Annual administration report of the Civil Veterinary Department of India - 1894-1895
Year: 1894
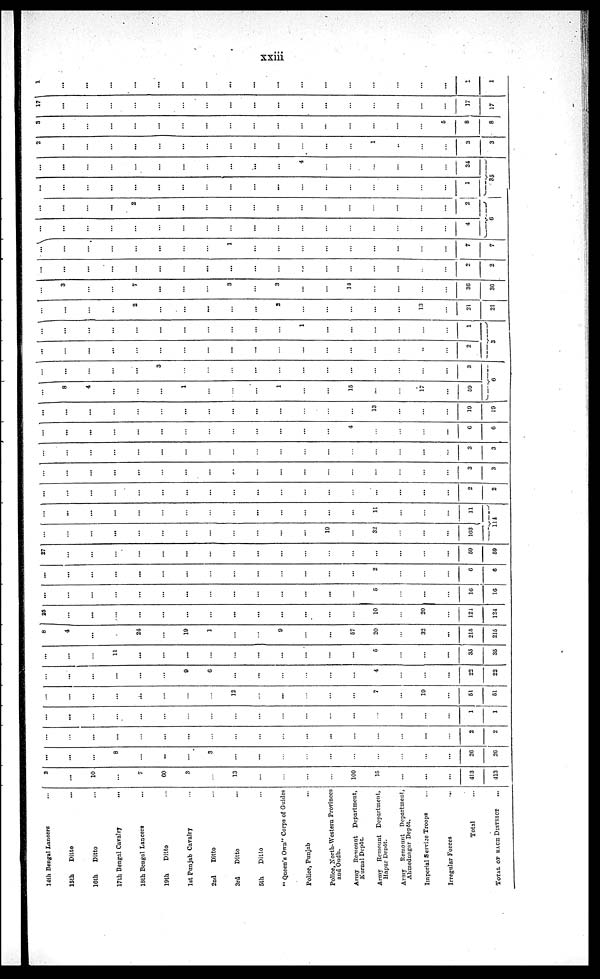
xxiii
14th Bengal Lancers …
15th
Ditto …
16th
Ditto …
17th Bengal Cavalry …
18th Bengal Lancers …
19th
Ditto …
1st Punjab Cavalry …
2nd
Ditto …
3rd
Ditto …
5th
Ditto …
" Queen's Own" Corps of Guides
Police, Punjab …
Police, North-Western Provinces
and Oudh.
Army Remount Department,
Kurnal Depot.
Army Remount Department,
Hapur Depót.
Army Remount Department,
Ahmednagar Depôt.
Imperial Service Troops …
Irregular Forces …
Total …
TOTAL OF EACH DISTRICT …
2
...
10
…
7
60
3
…
13
…
…
…
…
100
15
...
…
…
413
413
…
...
…
8
…
…
…
3
…
…
…
…
…
…
…
…
…
…
26
26
…
…
…
...
…
…
…
…
…
…
…
…
...
…
…
…
…
…
2
2
…
…
…
…
…
…
…
…
…
…
…
…
…
…
…
…
…
…
1
1
…
…
…
…
...
…
…
…
12
…
...
…
…
...
7
…
19
…
51
51
…
…
…
…
…
…
9
6
…
…
…
…
…
…
4
…
…
…
22
22
...
…
…
11
...
…
…
…
…
...
…
…
…
...
6
…
…
…
35
35
8
4
...
…
24
...
19
1
...
…
9
...
...
57
20
...
32
...
215
215
25
…
...
…
…
...
…
…
...
...
…
…
…
…
10
…
20
…
121
124
...
…
…
…
…
…
...
…
…
…
…
…
…
…
5
…
…
…
16
16
...
...
…
…
…
…
...
…
…
…
…
…
…
…
2
…
…
…
6
6
27
…
…
…
…
…
…
…
…
…
…
…
…
…
...
…
…
…
59
59
…
…
…
...
…
…
…
…
…
…
…
…
19
…
32
…
…
…
103
...
...
…
...
…
…
…
…
…
…
…
…
…
…
11
…
…
…
11
114
...
…
…
…
…
…
…
…
…
...
…
…
…
…
…
…
…
…
2
2
…
…
…
…
…
…
…
…
…
…
…
…
…
…
…
…
…
…
3
3
...
…
…
…
…
…
…
…
…
…
…
…
…
…
…
…
…
…
3
3
...
…
...
…
…
…
…
…
…
…
…
…
…
4
…
…
…
…
6
6
...
…
...
…
…
…
…
…
…
…
…
…
…
…
13
…
…
…
19
19
...
8
4
…
…
…
1
…
…
…
1
…
…
15
…
…
17
…
59
…
…
…
…
…
3
…
…
…
…
…
…
…
…
…
…
…
…
3
6
...
…
…
…
…
…
…
…
...
...
…
…
…
…
…
…
..
…
2
...
...
...
…
…
…
…
…
…
…
…
1
…
…
…
…
…
…
1
3
...
…
…
…
2
…
…
...
…
…
2
…
…
…
…
…
13
…
21
21
...
3
…
…
7
…
…
…
3
…
3
…
…
14
…
…
…
…
36
36
…
...
...
...
…
...
…
…
…
...
…
…
…
…
…
…
…
…
2
2
...
…
…
…
…
…
…
…
1
…
…
…
…
…
…
…
…
…
7
7
...
…
…
…
…
…
…
…
…
…
…
…
…
…
…
…
…
…
4
...
...
...
...
2
...
...
...
...
...
...
...
...
...
…
...
...
...
2
6
...
...
…
...
…
…
…
…
…
…
...
…
…
…
…
…
…
…
1
...
...
…
…
…
…
…
…
…
...
…
4
…
…
…
…
...
…
34
35
2
...
…
…
…
…
…
…
…
…
…
…
…
…
1
…
…
…
3
3
3
...
…
…
...
...
…
...
…
…
…
…
…
…
…
…
…
5
8
8
17
...
…
…
…
…
…
…
…
…
…
…
…
…
…
…
…
…
17
17
1
...
...
…
...
...
…
…
...
...
...
...
…
…
…
…
…
...
1
1